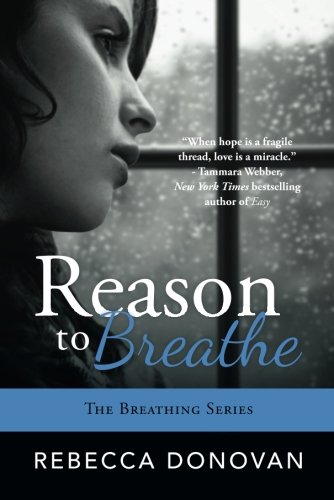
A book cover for Reason to Breathe  (The Breathing Series); Rebecca Donovan; Teen & Young Adult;